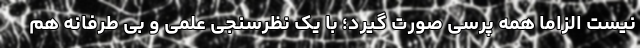
نیست الزاماً همه پرسی صورت گیرد؛ با یک نظرسنجی علمی و بی طرفانه هم